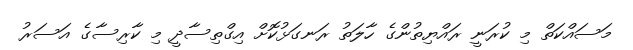
މަސައްކަތް މި ކުރަނީ ރައްޔިތުންގެ ހާލަތު ރަނގަޅުކޮށް އިގްތިސާދީ މި ކާރިސާގެ އަސަރު